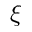
\xi